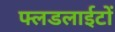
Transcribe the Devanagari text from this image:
फ्लडलाईटों